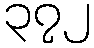
၃၇၂